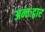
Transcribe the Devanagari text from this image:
अन्तःद्वार